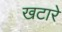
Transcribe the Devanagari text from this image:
खटारे